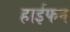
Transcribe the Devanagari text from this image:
हाईफन